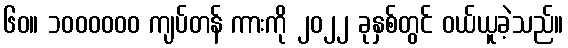
၆၀။ ၁၀၀၀၀၀၀ ကျပ်တန် ကားကို ၂၀၂၂ ခုနှစ်တွင် ဝယ်ယူခဲ့သည်။